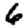
Digit: 6